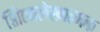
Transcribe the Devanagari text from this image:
शिलालेखात्‍मक